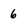
Character: 6